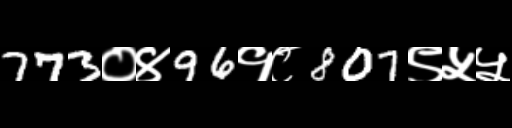
Text: 773०४96१८807९५५